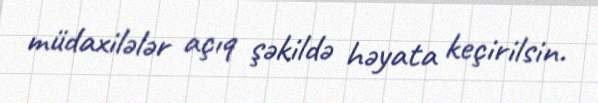
müdaxilələr açıq şəkildə həyata keçirilsin.